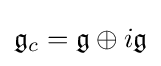
{\mathfrak {g}}_{c}={\mathfrak {g}}\oplus i{\mathfrak {g}}